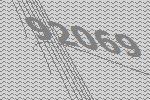
92069